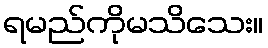
ရမည်ကိုမသိသေး။